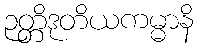
ဉတ္တိဒုတိယကမ္မာနိ